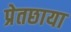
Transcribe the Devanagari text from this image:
प्रेतछाया